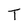
Character: T